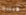
فيبدو